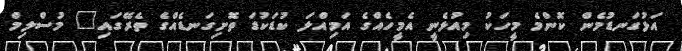
އަޅުގަނޑުމެން ކޮންމެ މީހަކު މިއުޅެނީ އެމީހެއްގެ އަމިއްލަ ކުޑަކުޑަ ތޮށިގަނޑެއްގެ ތެރޭގައި" މުސްލިމް